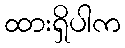
ထားရှိပါက